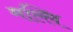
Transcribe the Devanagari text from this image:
मल्लि